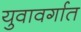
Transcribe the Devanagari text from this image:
युवावर्गात